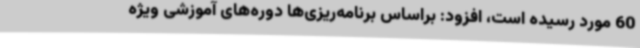
60 مورد رسیده است، افزود: براساس برنامه‌ریزی‌ها دوره‌های آموزشی ویژه